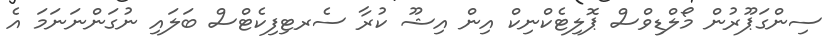
ސިންގަޕޫރުން މޯލްޑިވްސް ޕޮލިޓެކްނިކް އިން އިޝޫ ކުރާ ސެރޓިފިކެޓްސް ބަލައި ނުގަންނަނަމަ އެ